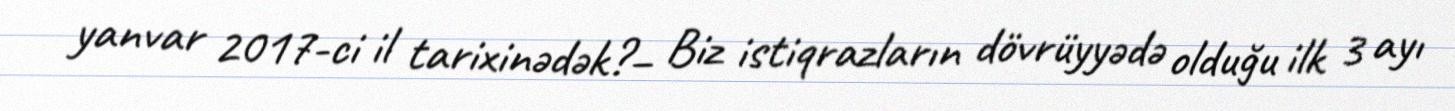
yanvar 2017-ci il tarixinədək?– Biz istiqrazların dövrüyyədə olduğu ilk 3 ayı